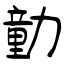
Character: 勭